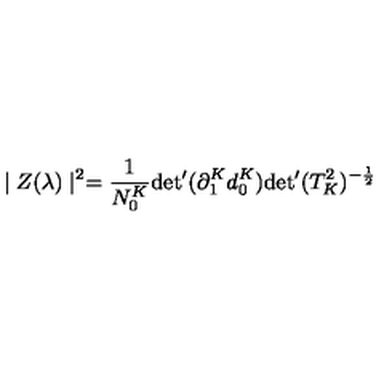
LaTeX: \mid Z ( \lambda ) \mid ^ { 2 } = \frac { 1 } { N _ { 0 } ^ { K } } { \det } ^ { \prime } ( \partial _ { 1 } ^ { K } d _ { 0 } ^ { K } ) { \det } ^ { \prime } ( T _ { K } ^ { 2 } ) ^ { - \frac { 1 } { 2 } }